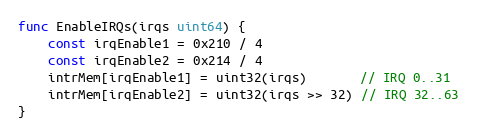
Language: Go
func EnableIRQs(irqs uint64) {
	const irqEnable1 = 0x210 / 4
	const irqEnable2 = 0x214 / 4
	intrMem[irqEnable1] = uint32(irqs)       // IRQ 0..31
	intrMem[irqEnable2] = uint32(irqs >> 32) // IRQ 32..63
}